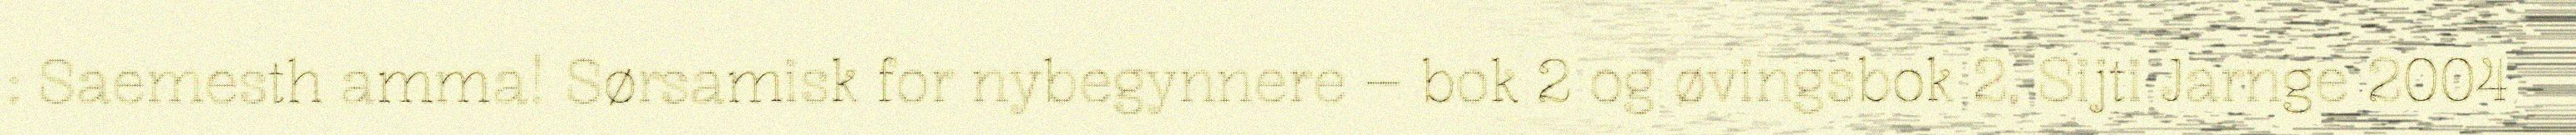
: Saemesth amma! Sørsamisk for nybegynnere – bok 2 og øvingsbok 2, Sijti Jarnge 2004